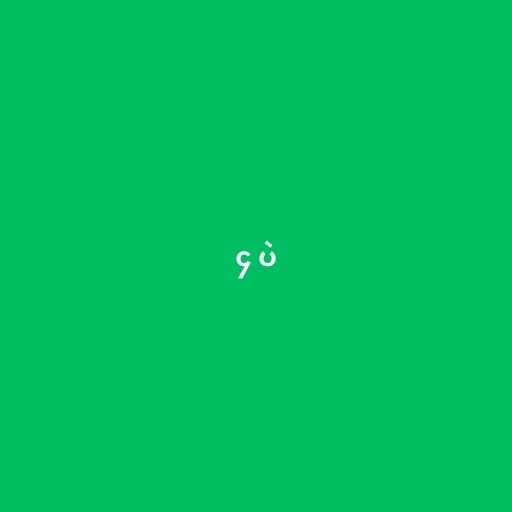
၄ ပဲ